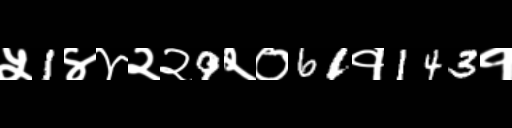
Text: ५1४४२२9२०61१143१